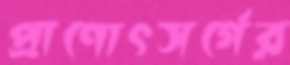
প্রাণোৎসর্গের